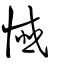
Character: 懺